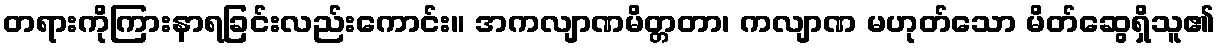
တရားကိုကြားနာရခြင်းလည်းကောင်း။ အကလျာဏမိတ္တတာ၊ ကလျာဏ မဟုတ်သော မိတ်ဆွေရှိသူ၏